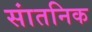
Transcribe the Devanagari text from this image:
सांतनिक